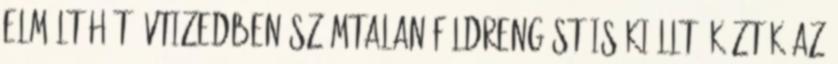
elmúlt hét évtizedben számtalan földrengést is kiállt, köztük az